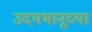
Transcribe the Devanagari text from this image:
उदयभानूच्या